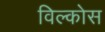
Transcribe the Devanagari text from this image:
विल्कोस